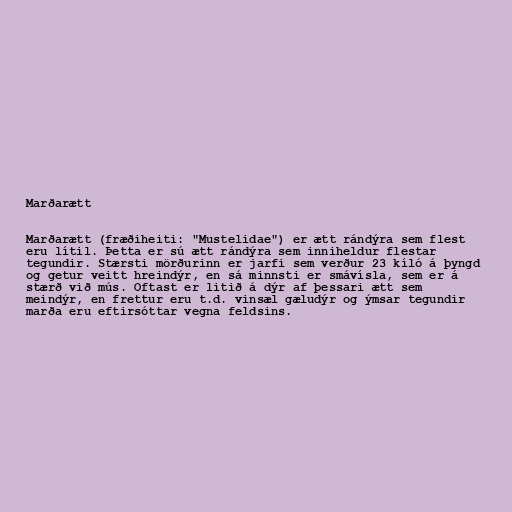
Marðarætt

Marðarætt (fræðiheiti: "Mustelidae") er ætt rándýra sem flest
eru lítil. Þetta er sú ætt rándýra sem inniheldur flestar
tegundir. Stærsti mörðurinn er jarfi sem verður 23 kíló á þyngd
og getur veitt hreindýr, en sá minnsti er smávísla, sem er á
stærð við mús. Oftast er litið á dýr af þessari ætt sem
meindýr, en frettur eru t.d. vinsæl gæludýr og ýmsar tegundir
marða eru eftirsóttar vegna feldsins.